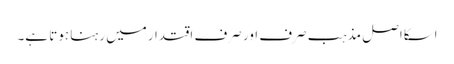
اسکااصل مذہب صرف اور صرف اقتدارمیں رہنا ہوتا ہے۔